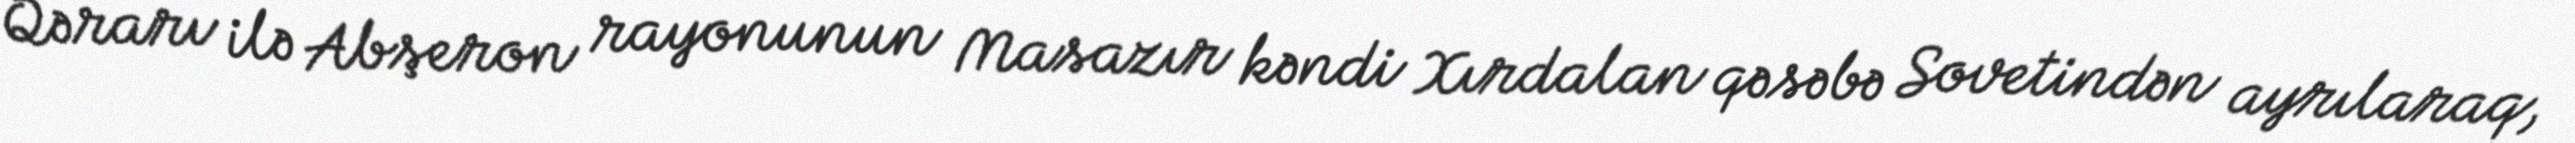
Qərarı ilə Abşeron rayonunun Masazır kəndi Xırdalan qəsəbə Sovetindən ayrılaraq,